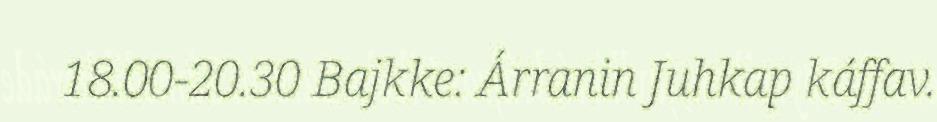
18.00-20.30 Bajkke: Árranin Juhkap káffav.